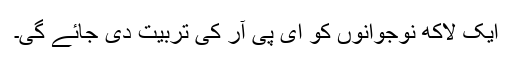
ایک لاکھ نوجوانوں کو ای پی آر کی تربیت دی جائے گی۔